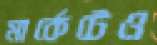
মার্কেটেও